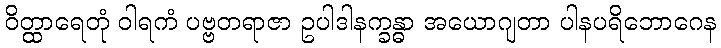
ဝိတ္ထာရေတုံ ဝါရကံ ပဗ္ဗတရာဇာ ဥပါဒါနက္ခန္ဓာ အယောဂျတာ ပါနပရိဘောဂေန